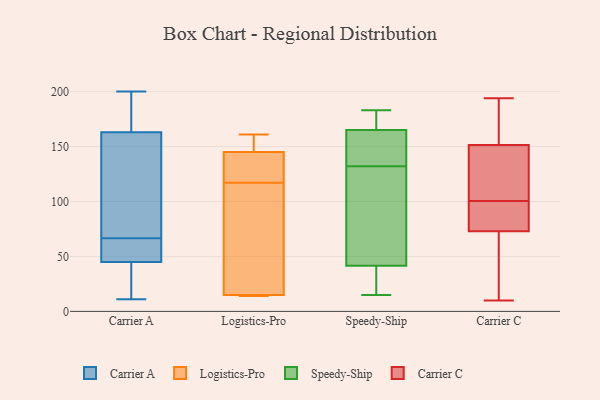
{"axis": {"x": "Satisfaction Score", "y": "Value"}, "legend": ["Carrier A", "Carrier C", "Logistics-Pro", "Speedy-Ship"], "data": [{"x": "", "y": 163, "type": "Carrier A"}, {"x": "", "y": 180, "type": "Carrier A"}, {"x": "", "y": 120, "type": "Carrier A"}, {"x": "", "y": 45, "type": "Carrier A"}, {"x": "", "y": 11, "type": "Carrier A"}, {"x": "", "y": 159, "type": "Carrier A"}, {"x": "", "y": 63, "type": "Carrier A"}, {"x": "", "y": 38, "type": "Carrier A"}, {"x": "", "y": 56, "type": "Carrier A"}, {"x": "", "y": 70, "type": "Carrier A"}, {"x": "", "y": 200, "type": "Carrier A"}, {"x": "", "y": 27, "type": "Carrier A"}, {"x": "", "y": 179, "type": "Carrier A"}, {"x": "", "y": 56, "type": "Carrier A"}, {"x": "", "y": 109, "type": "Logistics-Pro"}, {"x": "", "y": 125, "type": "Logistics-Pro"}, {"x": "", "y": 155, "type": "Logistics-Pro"}, {"x": "", "y": 148, "type": "Logistics-Pro"}, {"x": "", "y": 101, "type": "Logistics-Pro"}, {"x": "", "y": 161, "type": "Logistics-Pro"}, {"x": "", "y": 14, "type": "Logistics-Pro"}, {"x": "", "y": 15, "type": "Logistics-Pro"}, {"x": "", "y": 14, "type": "Logistics-Pro"}, {"x": "", "y": 92, "type": "Logistics-Pro"}, {"x": "", "y": 133, "type": "Logistics-Pro"}, {"x": "", "y": 145, "type": "Logistics-Pro"}, {"x": "", "y": 139, "type": "Logistics-Pro"}, {"x": "", "y": 14, "type": "Logistics-Pro"}, {"x": "", "y": 171, "type": "Speedy-Ship"}, {"x": "", "y": 183, "type": "Speedy-Ship"}, {"x": "", "y": 22, "type": "Speedy-Ship"}, {"x": "", "y": 132, "type": "Speedy-Ship"}, {"x": "", "y": 34, "type": "Speedy-Ship"}, {"x": "", "y": 140, "type": "Speedy-Ship"}, {"x": "", "y": 136, "type": "Speedy-Ship"}, {"x": "", "y": 102, "type": "Speedy-Ship"}, {"x": "", "y": 72, "type": "Speedy-Ship"}, {"x": "", "y": 171, "type": "Speedy-Ship"}, {"x": "", "y": 100, "type": "Speedy-Ship"}, {"x": "", "y": 15, "type": "Speedy-Ship"}, {"x": "", "y": 44, "type": "Speedy-Ship"}, {"x": "", "y": 162, "type": "Speedy-Ship"}, {"x": "", "y": 22, "type": "Speedy-Ship"}, {"x": "", "y": 163, "type": "Speedy-Ship"}, {"x": "", "y": 175, "type": "Speedy-Ship"}, {"x": "", "y": 95, "type": "Carrier C"}, {"x": "", "y": 10, "type": "Carrier C"}, {"x": "", "y": 150, "type": "Carrier C"}, {"x": "", "y": 79, "type": "Carrier C"}, {"x": "", "y": 93, "type": "Carrier C"}, {"x": "", "y": 29, "type": "Carrier C"}, {"x": "", "y": 66, "type": "Carrier C"}, {"x": "", "y": 194, "type": "Carrier C"}, {"x": "", "y": 181, "type": "Carrier C"}, {"x": "", "y": 77, "type": "Carrier C"}, {"x": "", "y": 153, "type": "Carrier C"}, {"x": "", "y": 183, "type": "Carrier C"}, {"x": "", "y": 140, "type": "Carrier C"}, {"x": "", "y": 106, "type": "Carrier C"}, {"x": "", "y": 91, "type": "Carrier C"}, {"x": "", "y": 69, "type": "Carrier C"}, {"x": "", "y": 40, "type": "Carrier C"}, {"x": "", "y": 127, "type": "Carrier C"}, {"x": "", "y": 131, "type": "Carrier C"}, {"x": "", "y": 188, "type": "Carrier C"}]}